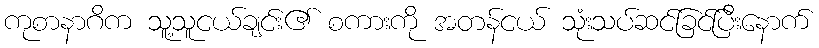
ကုစာနာဂိက သူ့သူငယ်ချင်း၏ စကားကို အတန်ငယ် သုံးသပ်ဆင်ခြင်ပြီးနောက်